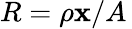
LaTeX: R=\rho\mathbf{x}/A\,